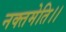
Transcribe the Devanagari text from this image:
नक्तमेति।।